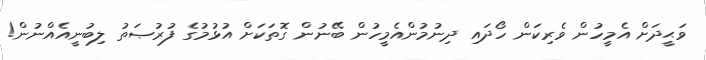
ވަޙީދަށް އެމީހުން ވެރިކަން ހޯދައި ދިނުމުންއެމީހުން ބޭނުން ގޮތަކަށް އުޅުމުގެ ފުރުޞަތު ލިބުނީއެއްނުން!